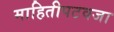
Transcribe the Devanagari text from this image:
माहितीपटवजा